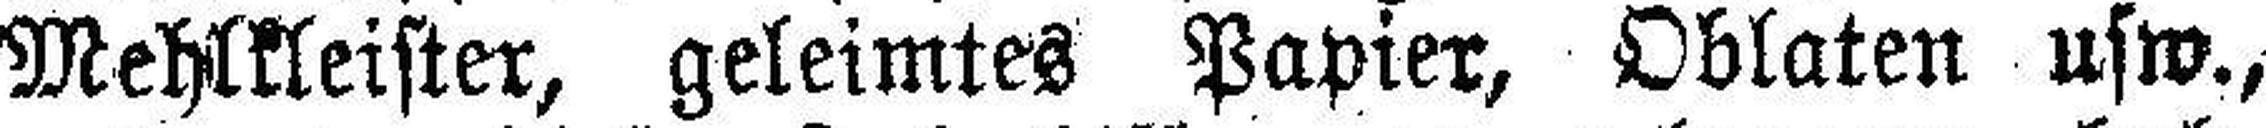
Mehlkleister, geleimtes Papier, Oblaten usw.,